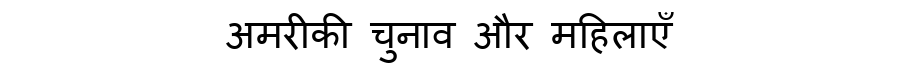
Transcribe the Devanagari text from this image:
अमरीकी चुनाव और महिलाएँ